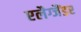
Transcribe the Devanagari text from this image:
एलैग्जैंडर